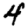
Digit: 4